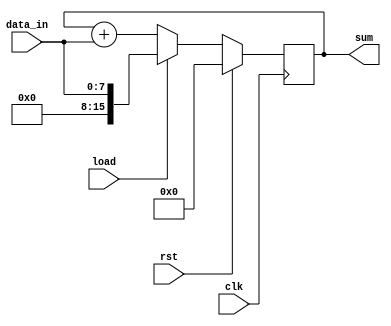
module accumulator (
    input wire clk,            // Clock input
    input wire rst,            // Reset input
    input wire load,           // Load input for preloading accumulator
    input wire [7:0] data_in,  // Input data signal
    output reg [15:0] sum      // Output accumulated sum
);

reg [15:0] accumulator;       // Internal accumulator register

// Control logic for accumulator
always @ (posedge clk) begin
    if (rst) begin
        accumulator <= 16'b0; // Reset accumulator to zero
    end else if (load) begin
        accumulator <= {8'b0, data_in}; // Preload accumulator with input data
    end else begin
        accumulator <= accumulator + {8'b0, data_in}; // Accumulate input data
    end
end

// Output logic for accumulator
always @ (*) begin
    sum = accumulator; // Output accumulated sum
end

endmodule